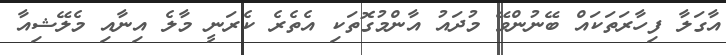
އާގަލާ ފިހާރަތަކައް ބޭނުންވޭ މުދައު އާންމުގޮތަކި އެތެރެ ކެރަނީ މާލެ އިނާއި މެލޭޝިއާ